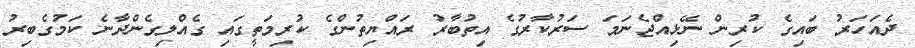
ދެއަހަރު ބައިގެ ކުރިން ނޭޅިއްޖެނަމަ ސަރުކާރުގެ އިތުބާރު ރައްޔިތުންގެ ކުރިމަތީގައި ގެއްލިގެންދާނެ ކަމުގެބިރު